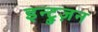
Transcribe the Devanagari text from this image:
इन्ट्रुज़न